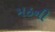
મઠની